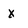
Character: x